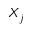
X _ { j }